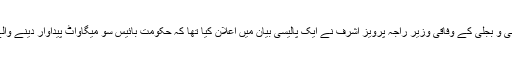
مئی دو ہزار آٹھ میں جب وفاق میں پیپلز پارٹی کے مخلوط حکومت کو بنے چند ماہ ہی ہوئے تھے، پانی و بجلی کے وفاقی وزیر راجہ پرویز اشرف نے ایک پالیسی بیان میں اعلان کیا تھا کہ حکومت بائیس سو میگاواٹ پیداوار دینے والے انیس بجلی گھر کرائے پر حاصل کر رہی ہے جو اسی سال کے آخر میں پیداوار شروع کر دیں گے۔